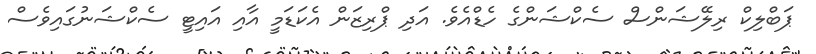
ޕަބްލިކް ރިލޭޝަންސް ސެކްޝަންގެ ހެޑްއެވެ. އަދި ޕްރިޒަން އެކަޑަމީ އާއި އައިޓީ ސެކްޝަނުގައިވެސް